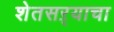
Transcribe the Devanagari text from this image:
शेतसऱ्याचा